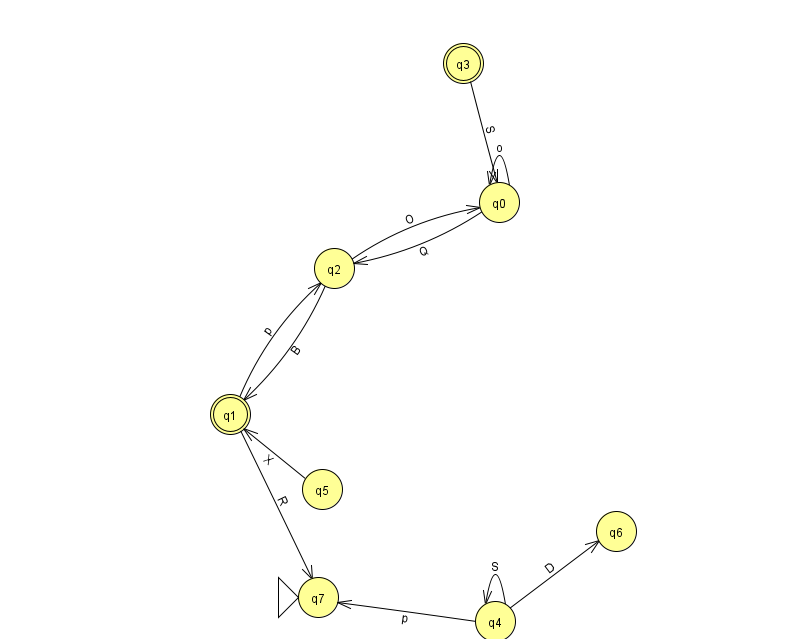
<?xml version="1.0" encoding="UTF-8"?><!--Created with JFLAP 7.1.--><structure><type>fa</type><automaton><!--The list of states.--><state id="0" name="q0"><x>499.0</x><y>189.0</y></state><state id="1" name="q1"><x>230.0</x><y>401.0</y><final/></state><state id="2" name="q2"><x>334.0</x><y>255.0</y></state><state id="3" name="q3"><x>463.0</x><y>50.0</y><final/></state><state id="4" name="q4"><x>495.0</x><y>608.0</y></state><state id="5" name="q5"><x>322.0</x><y>476.0</y></state><state id="6" name="q6"><x>616.0</x><y>518.0</y></state><state id="7" name="q7"><x>318.0</x><y>584.0</y><initial/></state><!--The list of transitions.--><transition><from>3</from><to>0</to><read>S</read></transition><transition><from>4</from><to>4</to><read>S</read></transition><transition><from>0</from><to>2</to><read>Q</read></transition><transition><from>1</from><to>2</to><read>p</read></transition><transition><from>4</from><to>6</to><read>D</read></transition><transition><from>2</from><to>1</to><read>B</read></transition><transition><from>5</from><to>1</to><read>X</read></transition><transition><from>4</from><to>7</to><read>p</read></transition><transition><from>2</from><to>0</to><read>O</read></transition><transition><from>0</from><to>0</to><read>o</read></transition><transition><from>1</from><to>7</to><read>R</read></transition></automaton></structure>